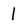
Character: l